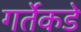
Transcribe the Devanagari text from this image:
गर्तेकडे